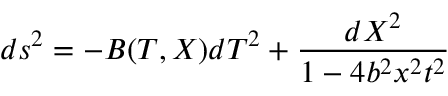
d s ^ { 2 } = - B ( T , X ) d T ^ { 2 } + \frac { d X ^ { 2 } } { 1 - 4 b ^ { 2 } x ^ { 2 } t ^ { 2 } }